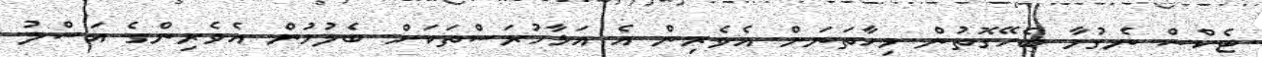
ޓެކްސް ނެގުމާ ބެހޭގޮތުން މިހާތަނަށް އެވެރިން އެ އަޅާހުރަސްތަކަށް ބެލުމުން އެވެރިންގެ އަސްލު